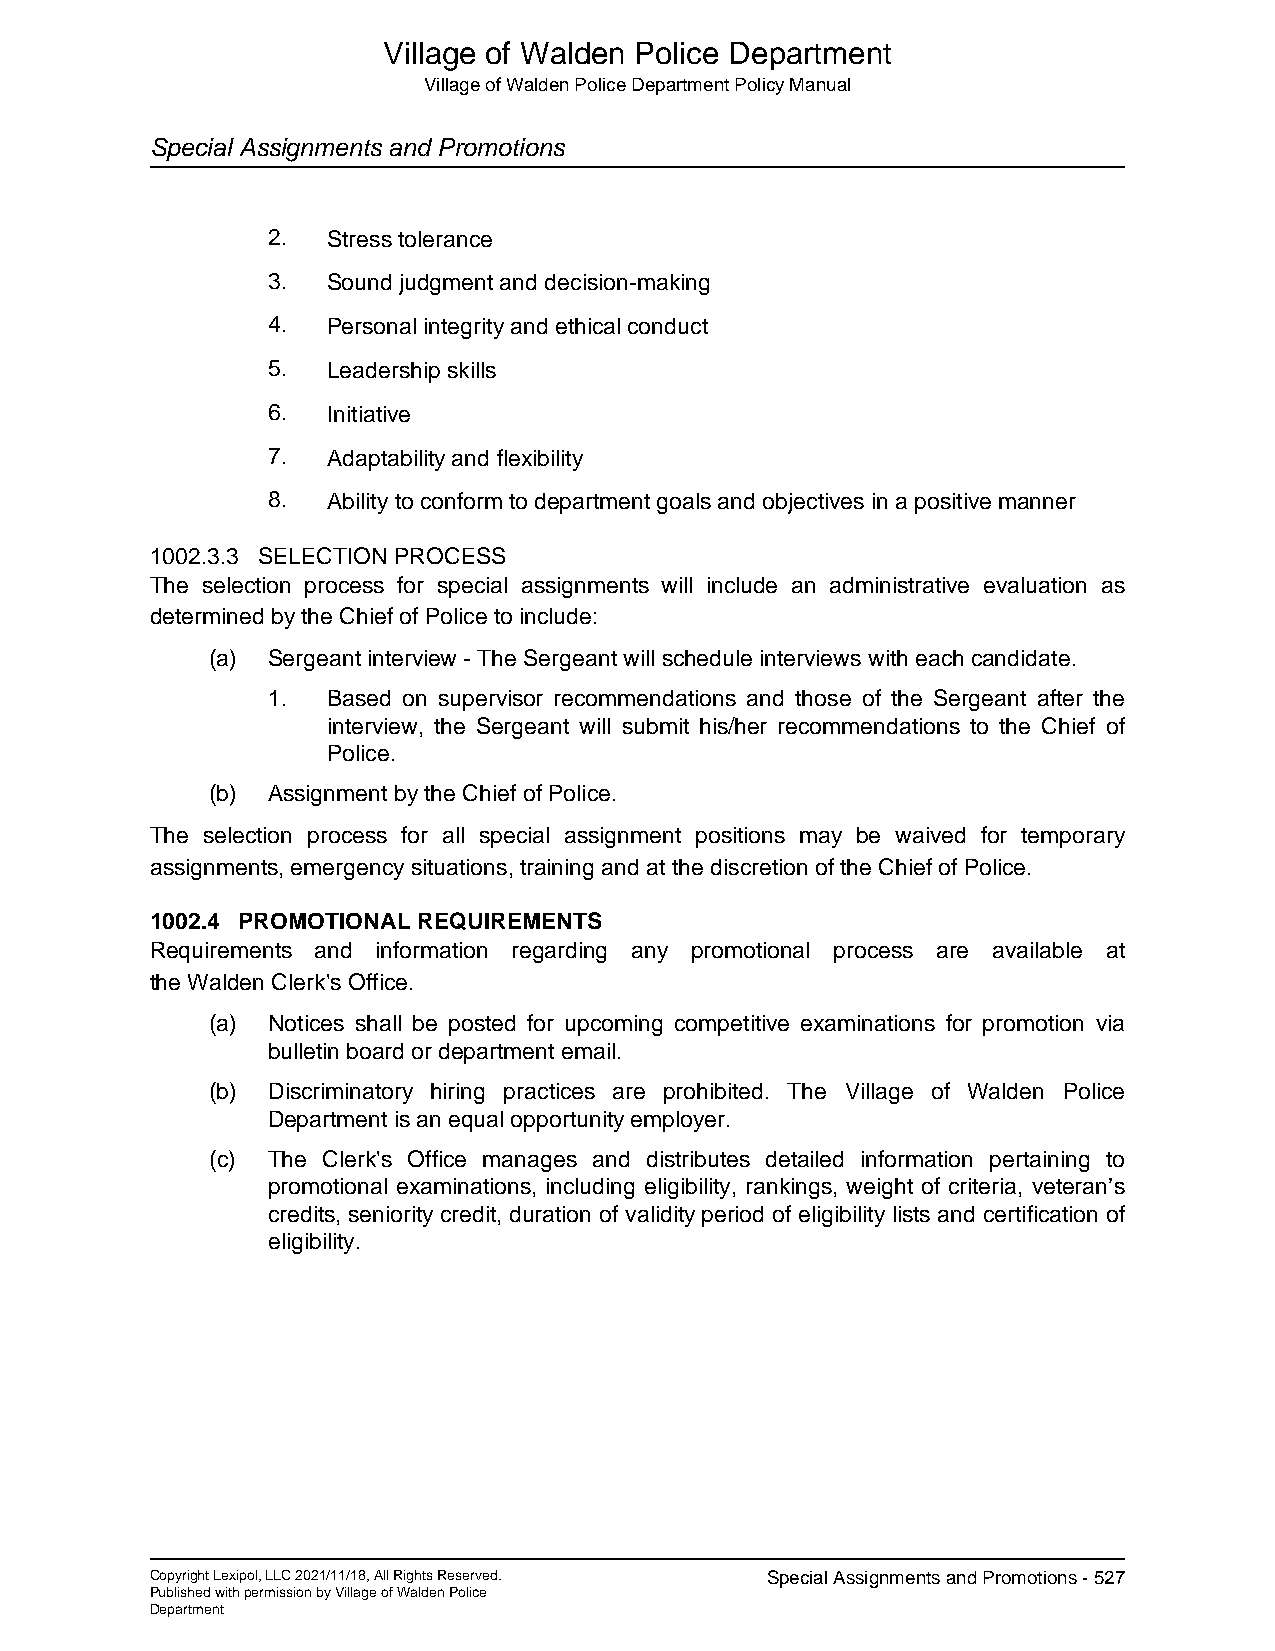
Village of Walden Police Department
 Village of Walden Police Department Policy Manual
 Special Assignments and Promotions
 2.  Stress tolerance
 3.  Sound judgment and decision-making
 4.  Personal integrity and ethical conduct
 5.  Leadership skills
 6.  Initiative
 7.  Adaptability and flexibility
 8.  Ability to conform to department goals and objectives in a positive manner
 1002.3.3 SELECTION PROCESS
 The selection process for special assignments will include an administrative evaluation as
 determined by the Chief of Police to include:
 (a) Sergeant interview - The Sergeant will schedule interviews with each candidate.
 1.  Based on supervisor recommendations and those of the Sergeant after the
 interview, the Sergeant will submit his/her recommendations to the Chief of
 Police.
 (b) Assignment by the Chief of Police.
 The selection process for all special assignment positions may be waived for temporary
 assignments, emergency situations, training and at the discretion of the Chief of Police.
 1002.4 PROMOTIONAL REQUIREMENTS
 Requirements and information regarding any promotional process are available at
 the Walden Clerk's Office.
 (a) Notices shall be posted for upcoming competitive examinations for promotion via
 bulletin board or department email.
 (b) Discriminatory hiring practices are prohibited. The Village of Walden Police
 Department is an equal opportunity employer.
 (c) The Clerk's Office manages and distributes detailed information pertaining to
 promotional examinations, including eligibility, rankings, weight of criteria, veteran’s
 credits, seniority credit, duration of validity period of eligibility lists and certification of
 eligibility.
 Copyright Lexipol, LLC 2021/11/18, All Rights Reserved. Special Assignments and Promotions - 527
 Published with permission by Village of Walden Police
 Department